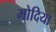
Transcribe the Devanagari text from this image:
मोदिया